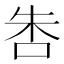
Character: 𠱒